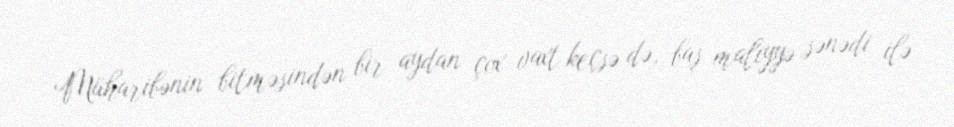
Müharibənin bitməsindən bir aydan çox vaxt keçsə də, baş maliyyə sənədi ilə